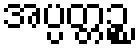
အပ္ပတ္တဉ္စ